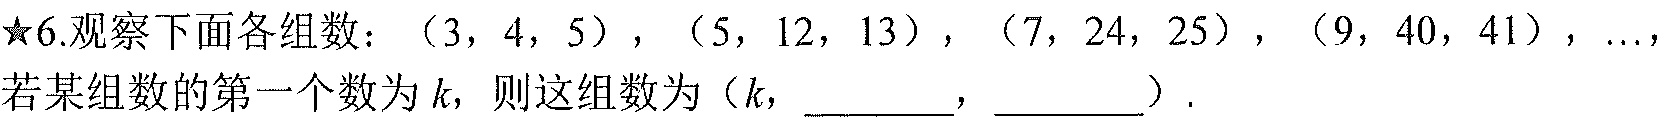
★6.观察下面各组数：\((3,4,5)\)，\((5,12,13)\)，\((7,24,25)\)，\((9,40,41)\)，…，
若某组数的第一个数为\(k\)，则这组数为\((k,\underline{\qquad},\underline{\qquad})\).